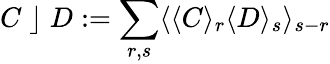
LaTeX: C\; \rfloor\; D:=\sum_{r,s}\langle\langle C\rangle_{r}\langle D\rangle_{s}\rangle_{s-r}